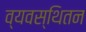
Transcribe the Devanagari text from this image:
व्यवस्थितन